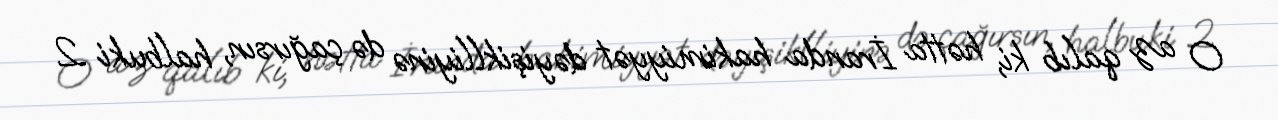
O az qalıb ki, hətta İranda hakimiyyət dəyişiklliyinə də çağırsın, halbuki 2